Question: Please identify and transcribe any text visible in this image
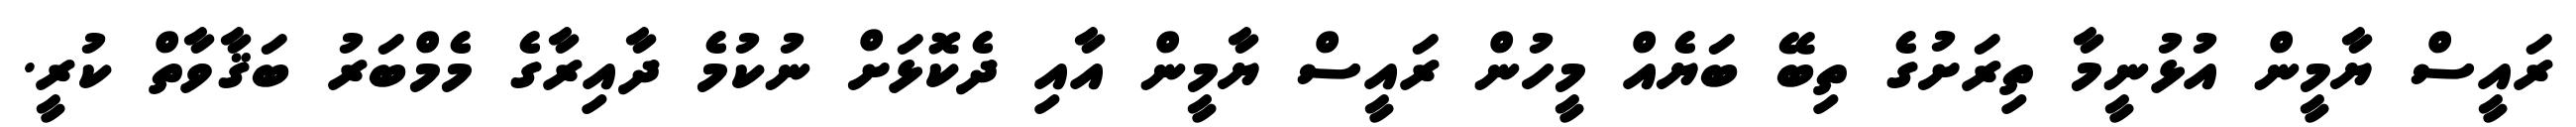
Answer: ރައީސް ޔާމީން އުޅުނީމާ ތިރަށުގެ ތިބޭ ބަޔެއް މީހުން ރައީސް ޔާމީން އާއި ދެކޮޅަށް ނުކުމެ ދާއިރާގެ މެމްބަރު ބަޤާވާތް ކުރީ.